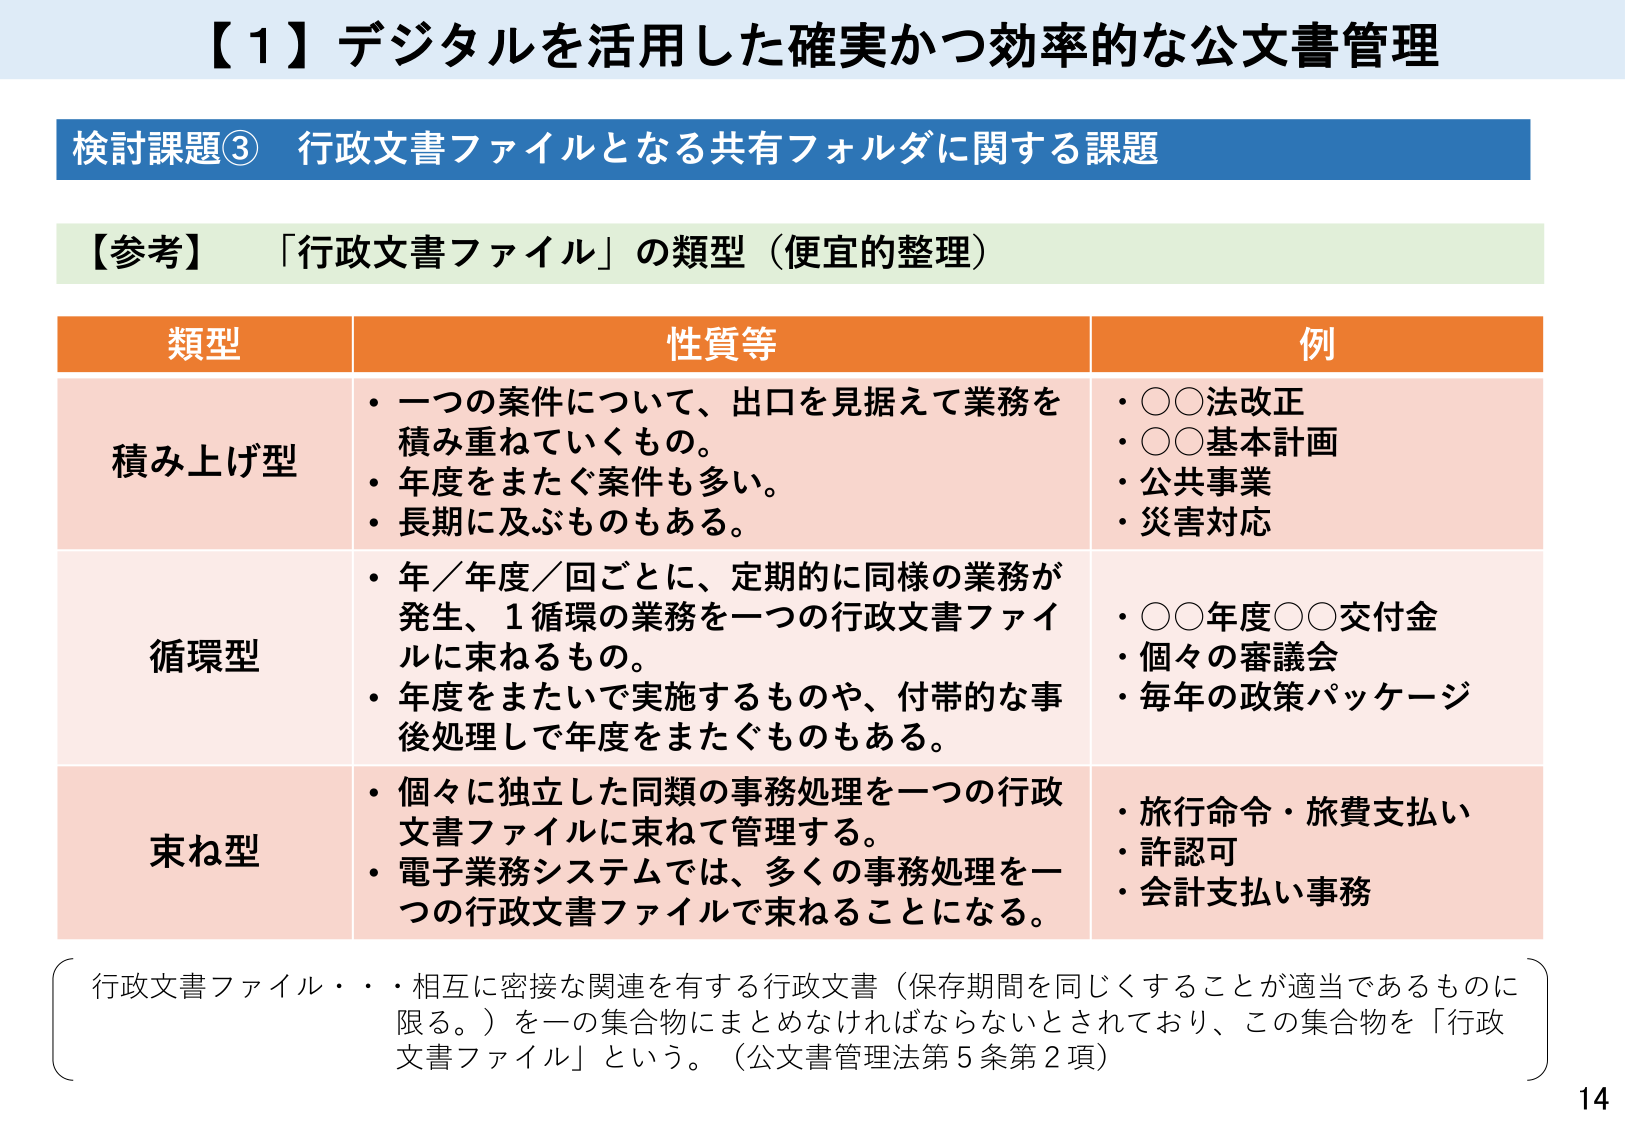
【1】デジタルを活用した確実かつ効率的な公文書管理

検討課題③ 行政文書ファイルとなる共有フォルダに関する課題

【参考】「行政文書ファイル」の類型（便宜的整理）

類型　　　　　　　　　性質等